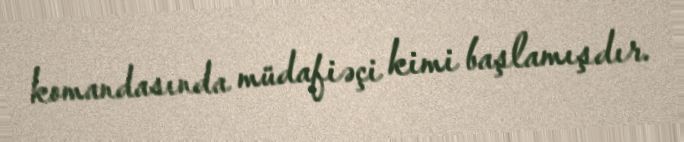
komandasında müdafiəçi kimi başlamışdır.